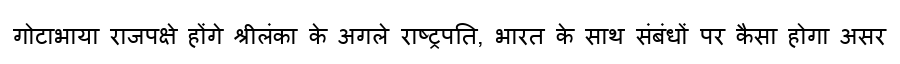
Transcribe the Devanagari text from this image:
गोटाभाया राजपक्षे होंगे श्रीलंका के अगले राष्ट्रपति, भारत के साथ संबंधों पर कैसा होगा असर